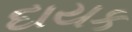
દાયક